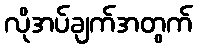
လိုအပ်ချက်အတွက်